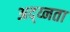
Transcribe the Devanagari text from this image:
अद्य्नता